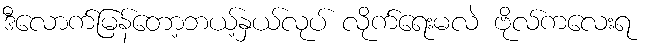
ဒီလောက်မြန်တော့ဘယ့်နှယ်လုပ် လိုက်ရေးမလဲ ဗိုလ်ကလေးရ